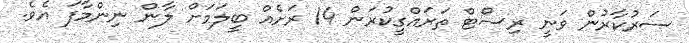
ސަރުކާރުން ވަނީ ރިސޯޓް ތަރައްގީކުރަން 14 ރަށެއް ބީލަމަށް ލާން ނިންމާފަ އެވެ.